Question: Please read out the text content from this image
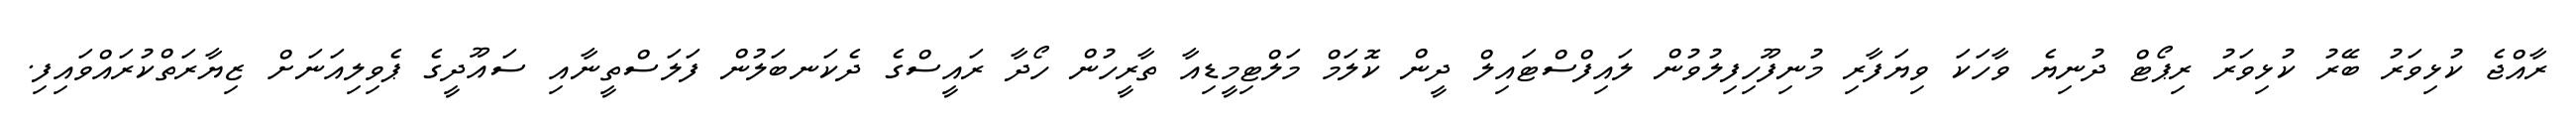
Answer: ރާއްޖެ ކުޅިވަރު ބޭރު ކުޅިވަރު ރިޕޯޓް ދުނިޔެ ވާހަކަ ވިޔަފާރި މުނިފޫހިފިލުވުން ލައިފްސްޓައިލް ދީން ކޮލަމް މަލްޓިމީޑިއާ ތާރީހުން ހޯދާ ރައީސްގެ ދެކަނބަލުން ފަލަސްތީނާއި ސައޫދީގެ ޕެވިލިއަނަށް ޒިޔާރަތްކުރައްވައިފި.